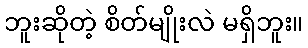
ဘူးဆိုတဲ့ စိတ်မျိုးလဲ မရှိဘူး။